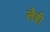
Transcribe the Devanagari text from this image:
लैडी